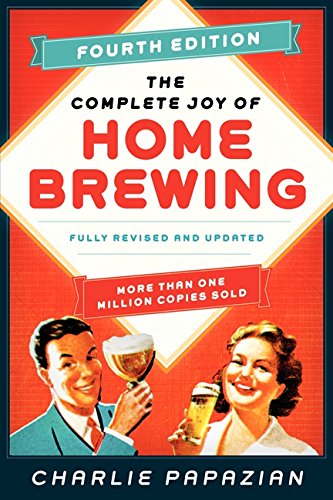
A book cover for The Complete Joy of Homebrewing Fourth Edition: Fully Revised and Updated; Charlie Papazian; Cookbooks, Food & Wine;